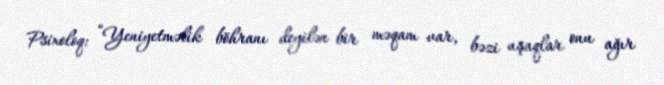
Psixoloq: “Yeniyetməlik böhranı deyilən bir məqam var, bəzi uşaqlar onu ağır